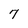
Character: 7